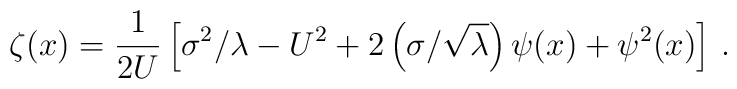
\zeta(x) = \frac{1}{2U}\left[\sigma^2/\lambda-U^2+2\left(\sigma/\sqrt{\lambda}\right)\psi(x)+\psi^2(x)\right]\,.